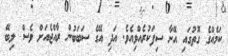
ކަމެއްގެ ގޮތުގައި އޭނާ ސިފަކުރެއްވިއެެވެ. އަދި އޭގެ ސަބަބުން ރާއްޖެއަށް ވެސް ލިބޭ